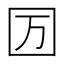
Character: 𡆭